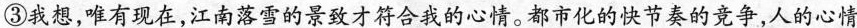
③我想，唯有现在，江南落雪的景致才符合我的心情。都市化的快节奏的竞争，人的心情